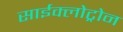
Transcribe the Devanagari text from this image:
साईक्लोट्रोन